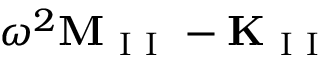
\omega ^ { 2 } \mathbf { M } _ { \mathrm { ~ I ~ I ~ } } - \mathbf { K } _ { \mathrm { ~ I ~ I ~ } }